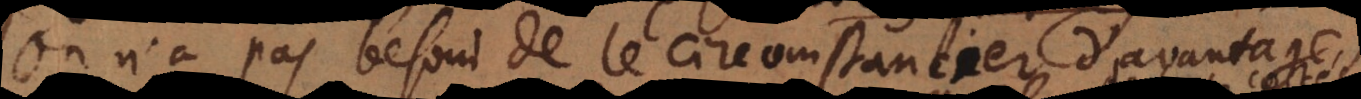
On n’a pas besoin de le circomstancier d’avantage,